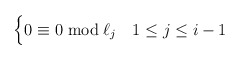
\begin{align*}\begin{cases} 0 \equiv 0 \bmod \ell_j & 1 \leq j \leq i-1 \\\end{cases} \end{align*}